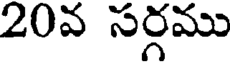
20వ సర్గము